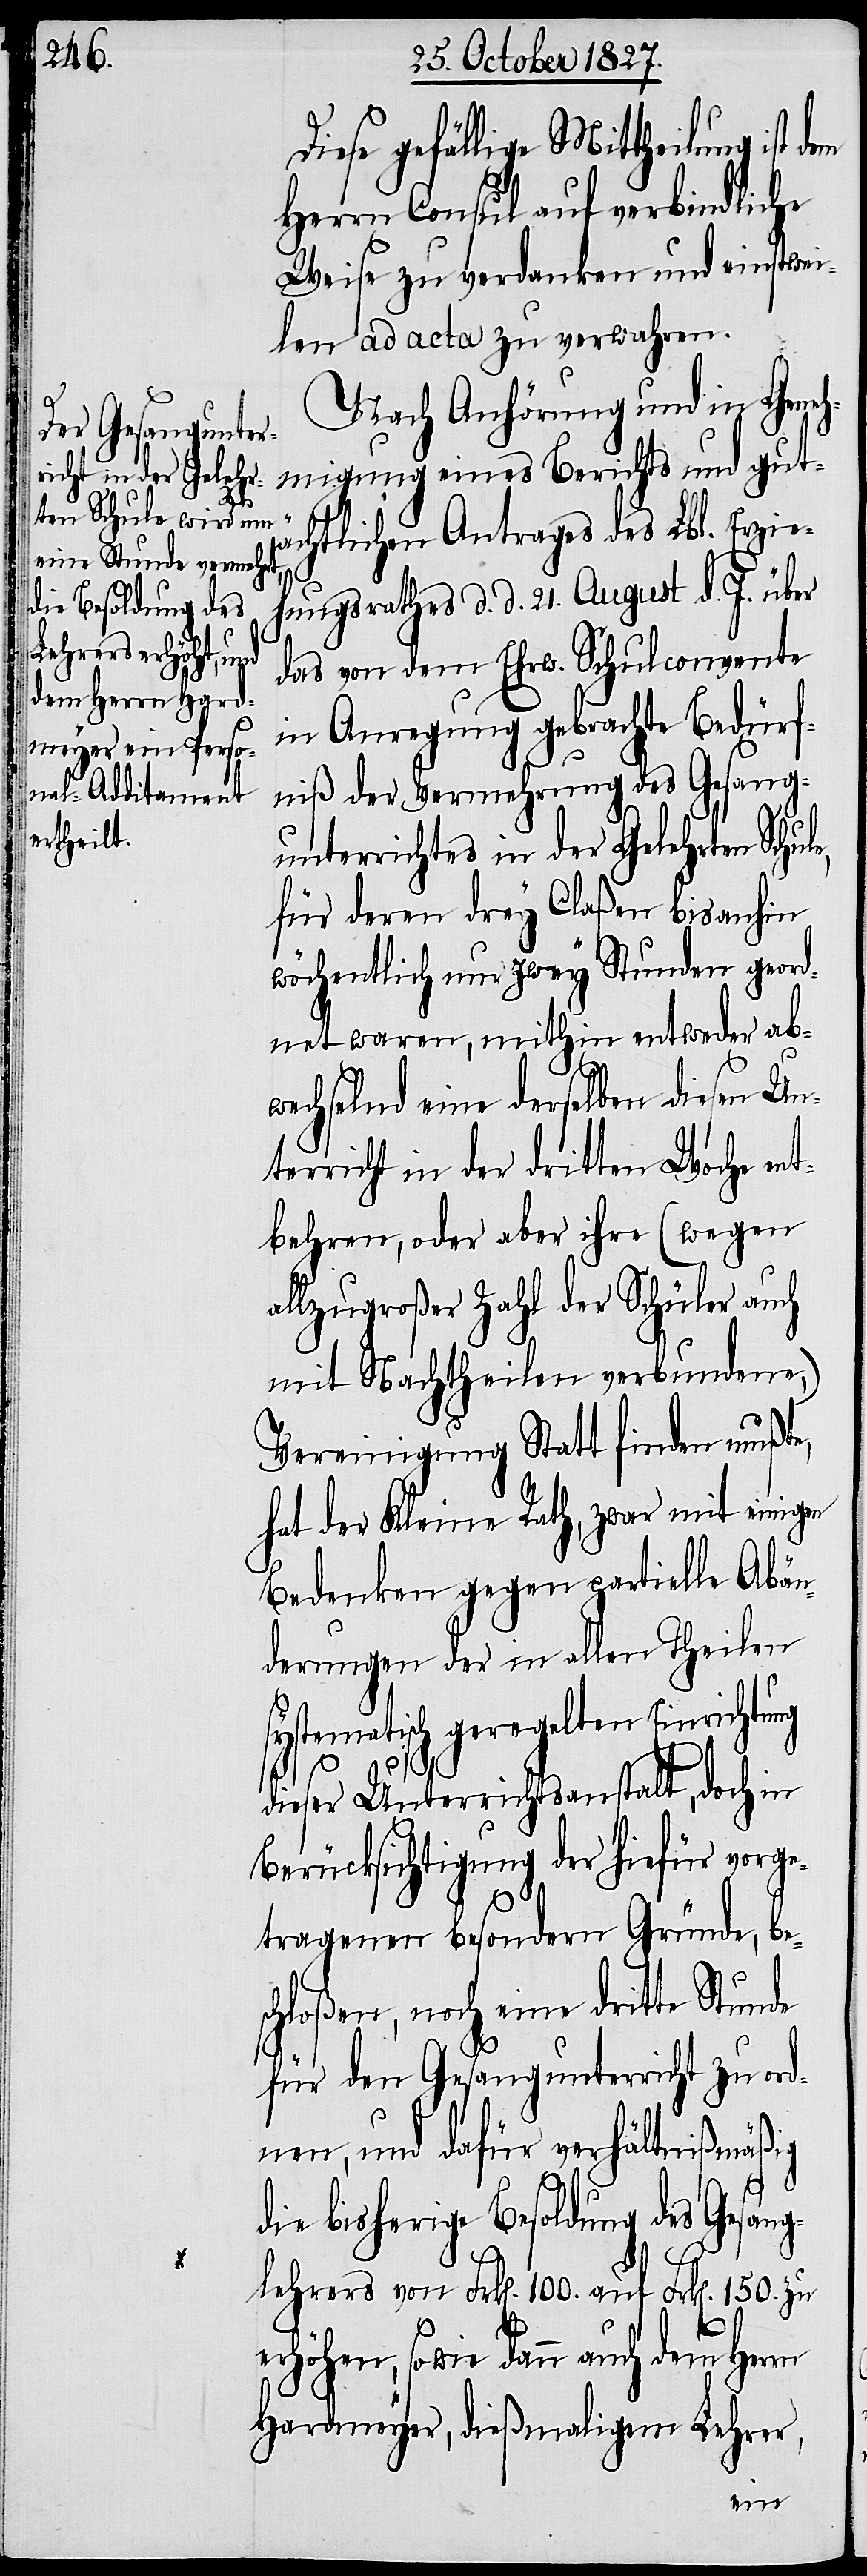
sy¬

Diese gefällige Mittheilung ist
Herrn Consul auf verbindliche
Weise zu verdanken und einstwei¬
len ad acta zu legen.
Nach Anhörung und in Geneh¬
migung eines Berichts und gut¬
ächtlichen Antrags des Lbl. Erzie¬
hungsrathes d. d. 21. August d. J. über
das von dem Ehrw. Schulconvente
in Anregung gebrachte Bedürf¬
niß der Vermehrung des Gesang¬
unterrichtes in der Gelehrten Schule,
für deren drey Claßen bis anhin
wöchentlich um zwey Stunden geord¬
net waren, mithin entweder ab¬
wechselnd eine derselben diesen Un¬
terricht in der dritten Woche ent¬
behren, oder aber ihre (wegen
allzugroßer Zahl der Schüler, auch
mit Nachtheilen verbundene,)
Vereinigung Statt finden mußte,
hat der Kleine Rath, zwar mit einigen
Bedenken gegen partielle Abän¬
derungen der in allen Theilen
stematisch geregelten Einrichtu¬
dieser Unterrichtsanstalt, doch in
Berücksichtigung der hiefür vorge¬
ng
tragenen besondern Gründe, be¬
schloßen, noch eine dritte Stunde
für den Gesangunterricht zu ord¬
nen, und dafür verhältnißmäßig
die bisherige Besoldung des Gesang¬
lehrers von Frk[en]. 100. auf Frk[en]. 150. zu
erhöhen, sowie dann auch dem Herrn
Hardmeyer, dießmaligem Lehrer,